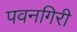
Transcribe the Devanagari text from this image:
पवनगिरी